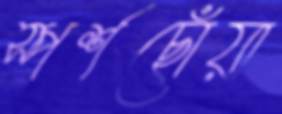
স্পর্শছোঁয়া